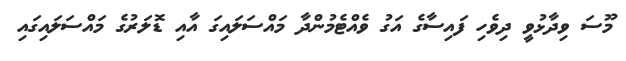
މޫސަ ވިދާޅުވީ ދިވެހި ފައިސާގެ އަގު ވެއްޓެމުންދާ މައްސަލައިގަ އާއި ޑޮލަރުގެ މައްސަލައިގައި